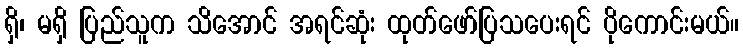
ရှိ၊ မရှိ ပြည်သူက သိအောင် အရင်ဆုံး ထုတ်ဖော်ပြသပေးရင် ပိုကောင်းမယ်။